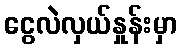
ငွေလဲလှယ်နှုန်းမှာ